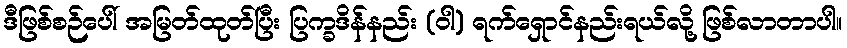
ဒီဖြစ်စဉ်ပေါ် အမြတ်ထုတ်ပြီး ပြက္ခဒိန်နည်း (ဝါ) ရက်ရှောင်နည်းရယ်လို့ ဖြစ်လာတာပါ။